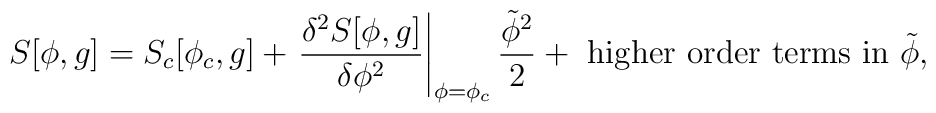
S[\phi,g]=S_c[\phi_c,g]+\left.\frac{\delta^2S[\phi,g]}{\delta\phi^2}\right|_{\phi=\phi_c}\frac{\tilde\phi^2}{2} +\mbox{ higher order terms in }\tilde\phi,\nonumber